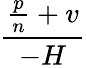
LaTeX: \frac{\frac{p}{n}+v}{-H}